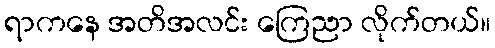
ရာကနေ အတိအလင်း ကြေညာ လိုက်တယ်။